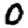
Digit: 0